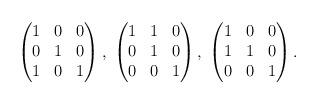
LaTeX: \begin{align*}\begin{pmatrix} 1 & 0 & 0 \\ 0 & 1 & 0 \\ 1 & 0 & 1 \end{pmatrix}, \;\begin{pmatrix} 1 & 1 & 0 \\ 0 & 1 & 0 \\ 0 & 0 & 1 \end{pmatrix}, \;\begin{pmatrix} 1 & 0 & 0 \\ 1 & 1 & 0 \\ 0 & 0 & 1 \end{pmatrix}.\end{align*}